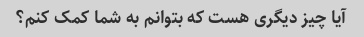
آیا چیز دیگری هست که بتوانم به شما کمک کنم؟